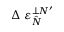
\Delta \angles { \varepsilon } _ { \hat { N } } ^ { \perp N ^ { \prime } }